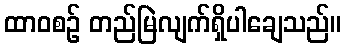
ထာဝစဉ် တည်မြဲလျက်ရှိပါချေသည်။